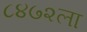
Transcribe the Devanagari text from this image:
८४७२ला